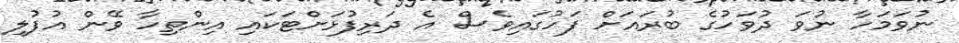
ނުވަމަހާ ނުވަ ދުވަހުގެ ބުރައަށް ފަހުގައިވެސް އެ ދަރިފުޅަށްޓަކައި އިންތިހާ ވޭން އުފުލި